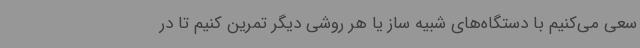
سعی می‌کنیم با دستگاه‌های شبیه ساز یا هر روشی دیگر تمرین کنیم تا در